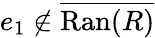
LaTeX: e_{1}\not\in{\overline{{\mathrm{Ran}(R)}}}